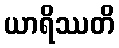
ယာရိဿတိ